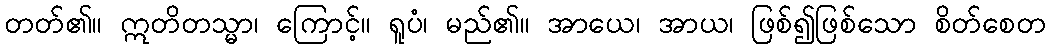
တတ်၏။ ဣတိတသ္မာ၊ ကြောင့်။ ရူပံ၊ မည်၏။ အာယေ၊ အာယ၊ ဖြစ်၍ဖြစ်သော စိတ်စေတ